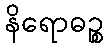
နိရောဓဉ္စ